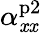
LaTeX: \alpha_{\mathit{x}\mathit{x}}^{\mathrm{{p2}}}